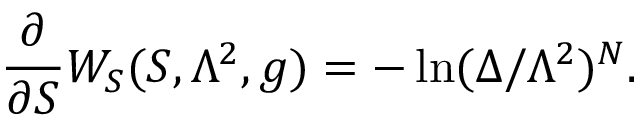
{ \frac { \partial } { \partial S } } W _ { S } ( S , \Lambda ^ { 2 } , g ) = - \ln ( \Delta / \Lambda ^ { 2 } ) ^ { N } .